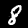
Label: 8